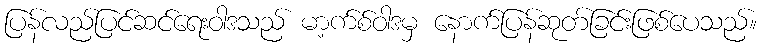
ပြန်လည်ပြင်ဆင်ရေးဝါဒသည် မာ့က်စ်ဝါဒမှ နောက်ပြန်ဆုတ်ခြင်းဖြစ်ပေသည်။